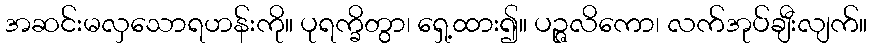
အဆင်းမလှသောရဟန်းကို။ ပုရက္ခိတွာ၊ ရှေ့ထား၍။ ပဉ္ဇလိကော၊ လက်အုပ်ချီးလျက်။